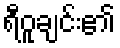
ရီဝူချင်း၏